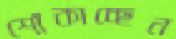
শোঁকাচ্ছেন